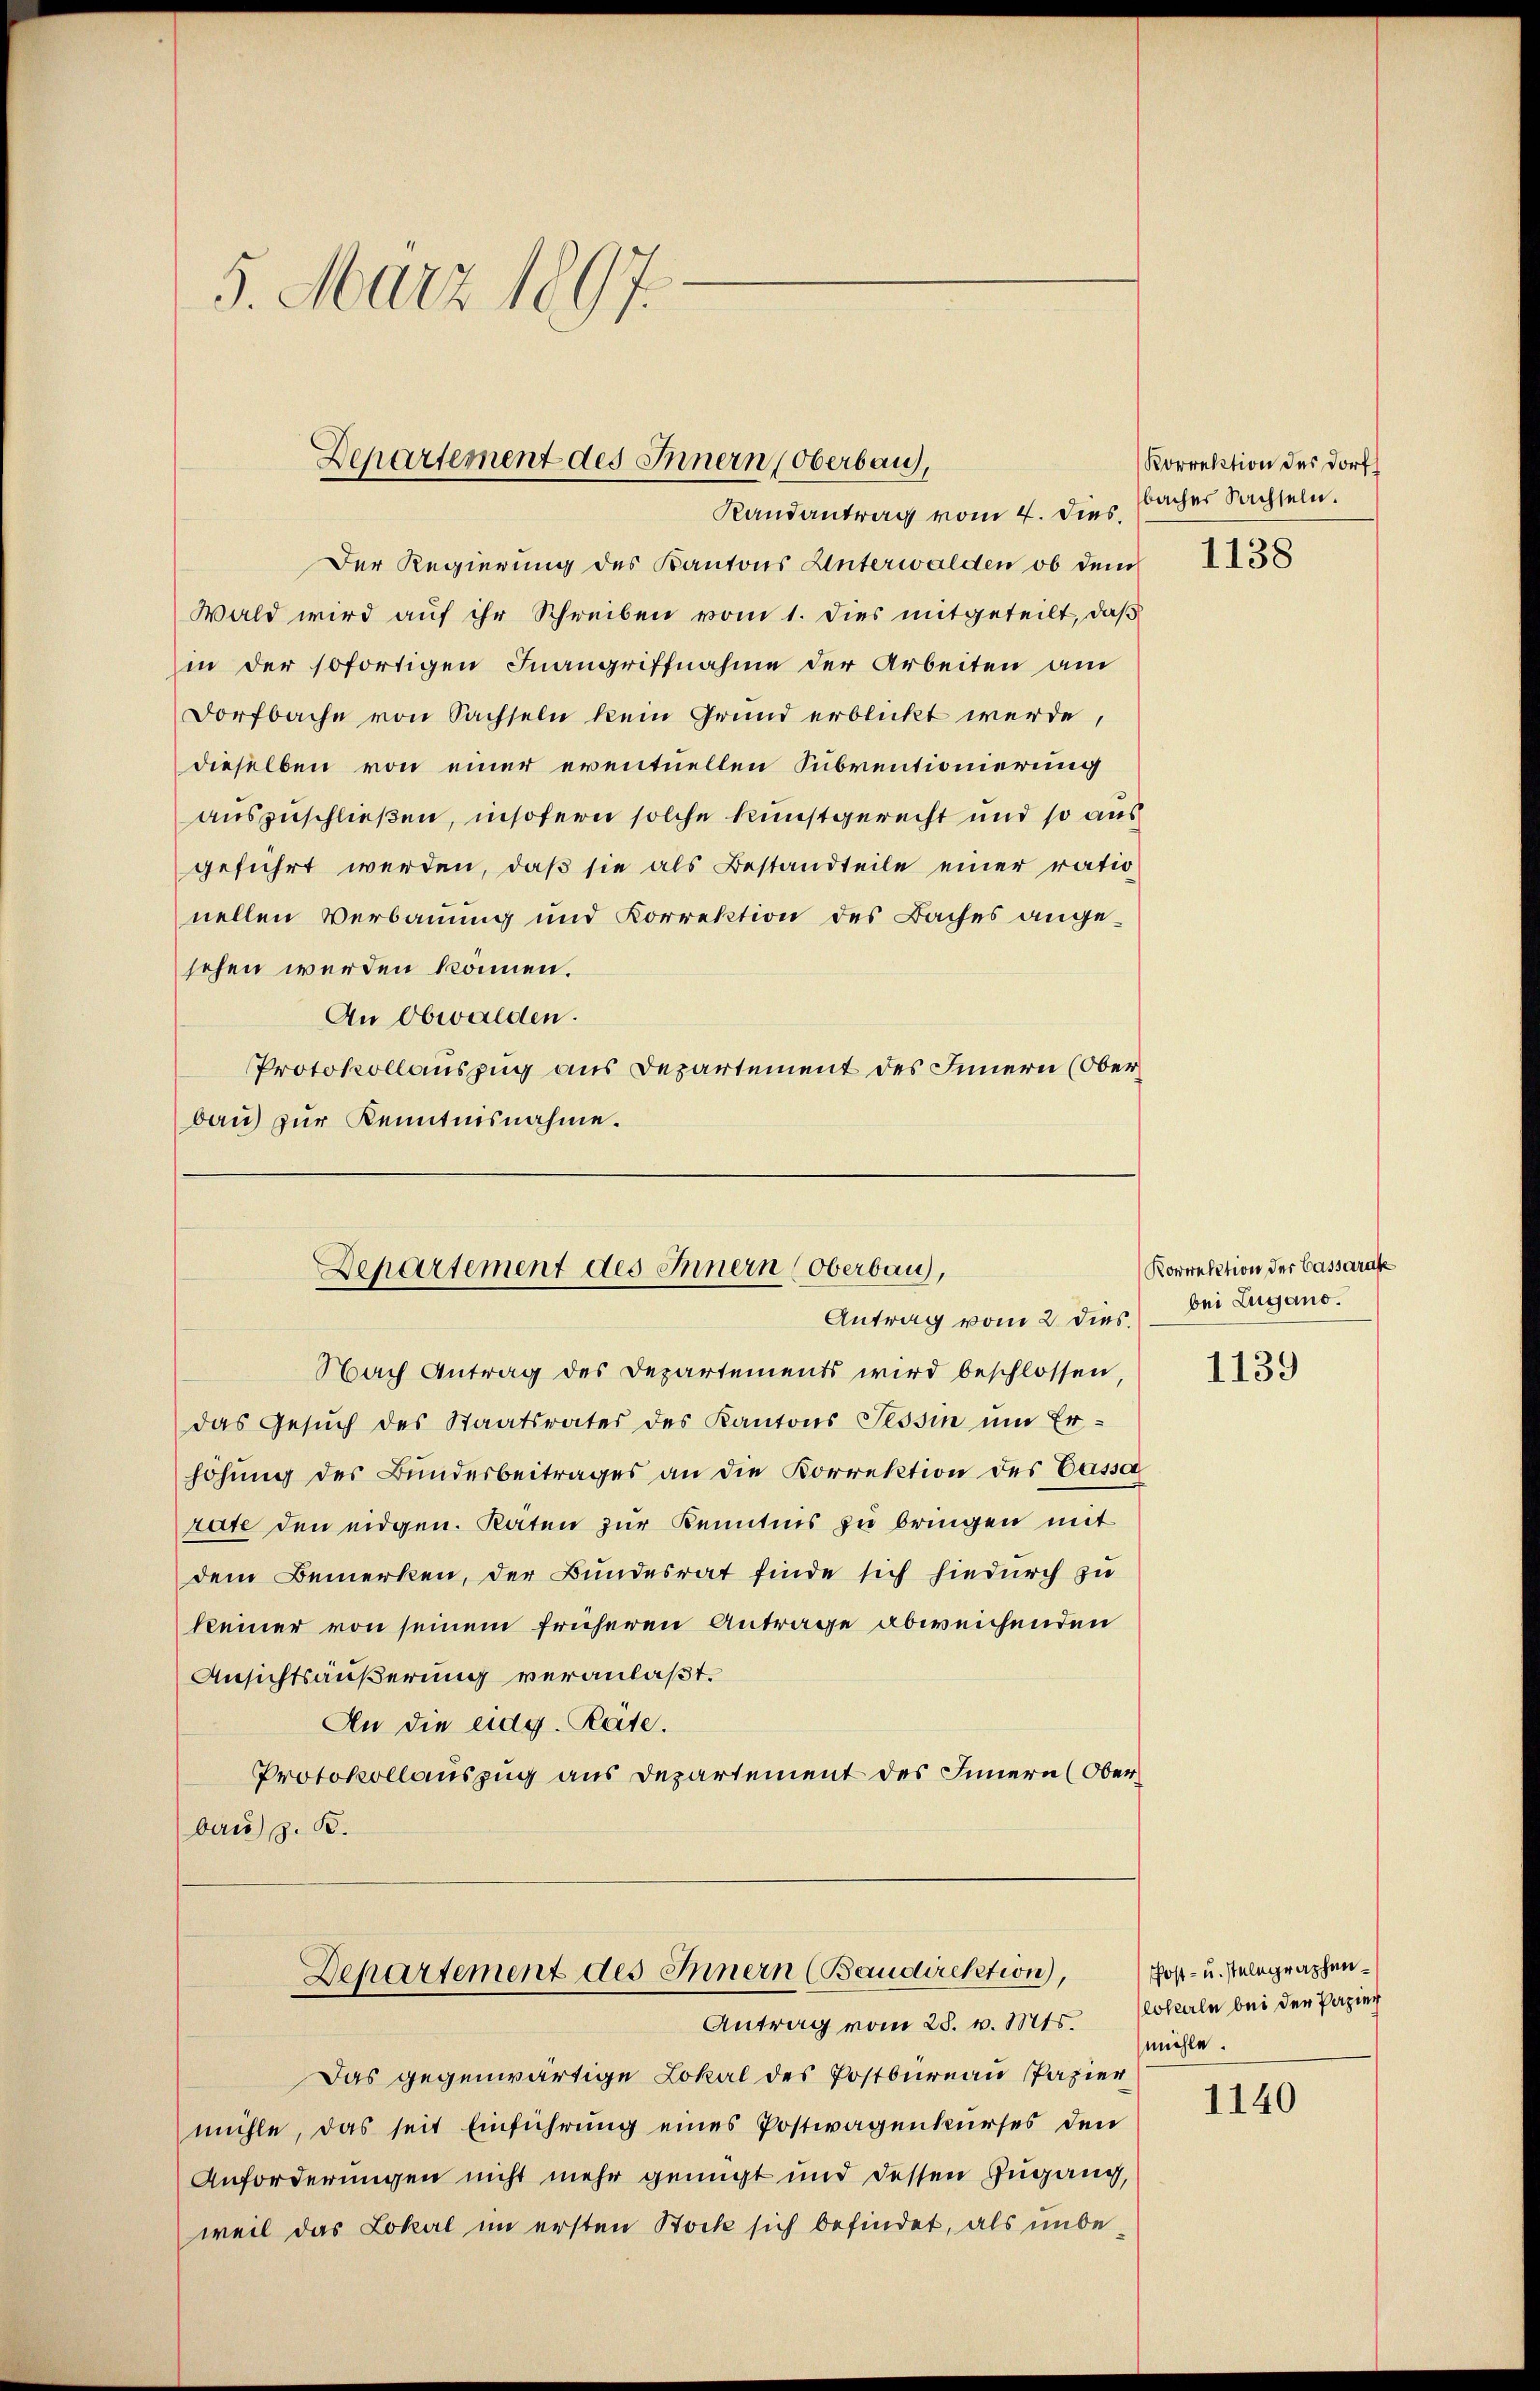
5. März 1897.

Departement des Innern (Oberbau,
Randantrag vom 4. Dies

Departement des Innern (Oberbau,
Antrag vom 2. dies.

Departement des Innern (Baudirektion),
Antrag vom 28. v. Mts.

Der Regierung des Kantons Unterwalden ob dem
Wald wird auf ihr Schreiben vom 1. dies mitgeteilt, daß
in der sofortigen Inangriffnahme der Arbeiten am
Dorfbache von Sachseln kein Grund erblickt werde
dieselben von einer eventuellen Subventionierung
auszuschließen, insofern solche Kunstgerecht und so aus
geführt werden, daß sie als Bestandteile einer ration
nellen Verbauung und Korrektion des Baches angesehen werden können.
An Obwalden.
Protokollauszug aus Departement des Innere (Oberbau) zur Kenntnisnahme.

Nach Antrag des Departements wird beschlossen,
das Gesŭch des Staatsrates des Kantons Tessin um Er-
höhung des Bunderbeitrages an die Korrektion des Cassa
rate den eidgen. Raten zur Kenntnis zu bringen mit
dem Bemerken, der Bundesrat finde sich hiedurch zu
keiner von seinem früheren Antrage abweichenden
Ansichtsäußerung veranlaßt.
An die eidg. Reite.
Protokollauszug aus Departement des Innern (Oberbau) z. B.

Das gegenwärtige Lokal des Postbureau Papier
mühle, das seit Einführung eines Postwagenkurses den
Anforderungen nicht mehr genügt und dessen Zugang,
weil das Lokal im ersten Stock sich befindet, als unbe¬

Korrektion des Dorf
bacher Sachseln.

1138

Korrektion der Cassarase
bei Lugano.

1139

Post- u. stelegraphenlokerln bei der Papier
mühle.

1140